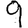
Digit: 9